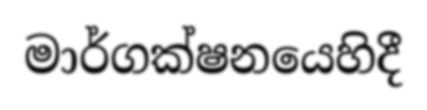
මාර්ගක්ෂනයෙහිදී